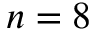
n = 8